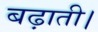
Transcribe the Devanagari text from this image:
बढ़ाती।